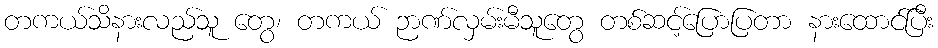
တကယ်သိနားလည်သူ တွေ၊ တကယ် ဉာဏ်လှမ်းမီသူတွေ တစ်ဆင့်ပြောပြတာ နားထောင်ပြီး